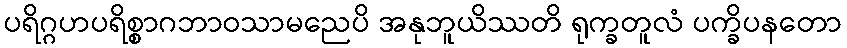
ပရိဂ္ဂဟပရိစ္စာဂဘာဝသာမညေပိ အနုဘူယိဿတိ ရုက္ခတူလံ ပက္ခိပနတော